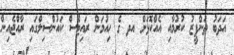
އަދަބު ތަންފީޒު ކުރުމާއި އެއްކޮޅަށް އދ ގެ ހިއުމަން ރައިޓްސް ކައުންސިލްގައި ރާއްޖެއިން